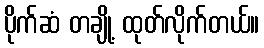
ပိုက်ဆံ တချို့ ထုတ်လိုက်တယ်။